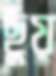
ছুঁয়